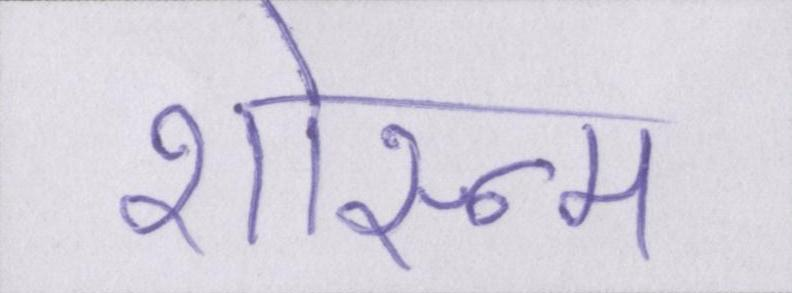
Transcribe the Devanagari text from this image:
शोरूम